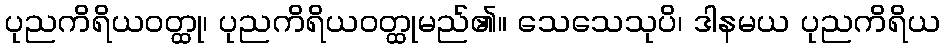
ပုညကိရိယဝတ္ထု၊ ပုညကိရိယဝတ္ထုမည်၏။ သေသေသုပိ၊ ဒါနမယ ပုညကိရိယ